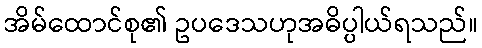
အိမ်ထောင်စု၏ ဥပဒေသဟုအဓိပ္ပါယ်ရသည်။